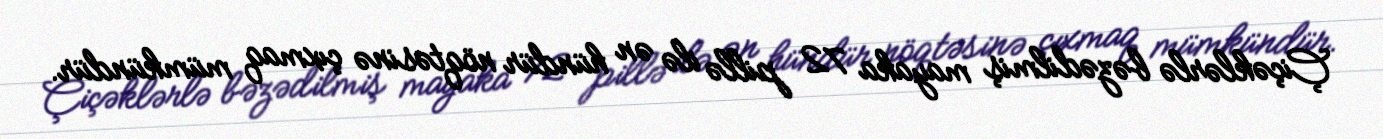
Çiçəklərlə bəzədilmiş mayaka 72 pillə ilə ən hündür nöqtəsinə çıxmaq mümkündür.